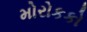
મોરોકકો